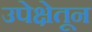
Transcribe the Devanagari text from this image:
उपेक्षेतून